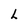
Character: L